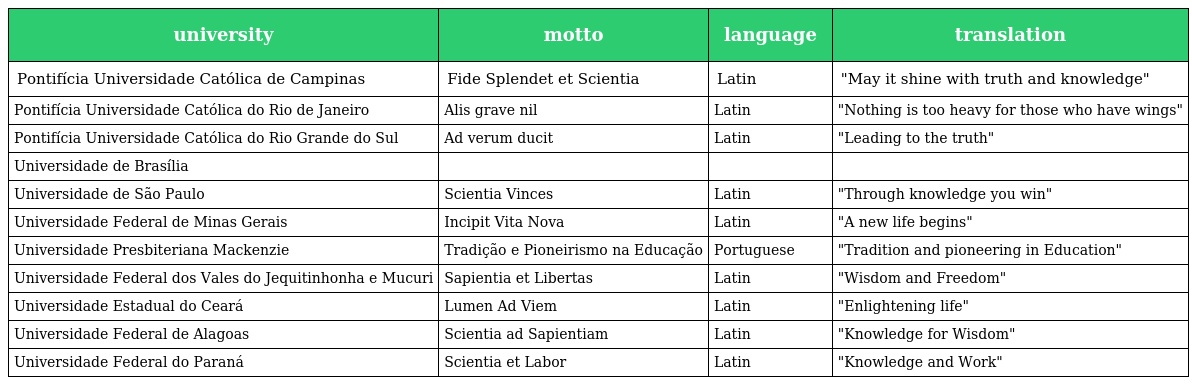
| university | motto | language | translation |
 | --- | --- | --- | --- |
 | Pontifícia Universidade Católica de Campinas | Fide Splendet et Scientia | Latin | "May it shine with truth and knowledge" |
 | Pontifícia Universidade Católica do Rio de Janeiro | Alis grave nil | Latin | "Nothing is too heavy for those who have wings" |
 | Pontifícia Universidade Católica do Rio Grande do Sul | Ad verum ducit | Latin | "Leading to the truth" |
 | Universidade de Brasília |  |  |  |
 | Universidade de São Paulo | Scientia Vinces | Latin | "Through knowledge you win" |
 | Universidade Federal de Minas Gerais | Incipit Vita Nova | Latin | "A new life begins" |
 | Universidade Presbiteriana Mackenzie | Tradição e Pioneirismo na Educação | Portuguese | "Tradition and pioneering in Education" |
 | Universidade Federal dos Vales do Jequitinhonha e Mucuri | Sapientia et Libertas | Latin | "Wisdom and Freedom" |
 | Universidade Estadual do Ceará | Lumen Ad Viem | Latin | "Enlightening life" |
 | Universidade Federal de Alagoas | Scientia ad Sapientiam | Latin | "Knowledge for Wisdom" |
 | Universidade Federal do Paraná | Scientia et Labor | Latin | "Knowledge and Work" |